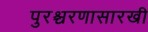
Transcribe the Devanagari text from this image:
पुरश्चरणासारखी